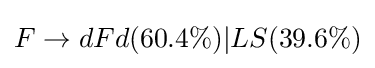
F\to dFd(60.4\%)|LS(39.6\%)